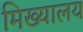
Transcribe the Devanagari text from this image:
मिख्यालय